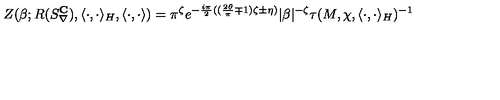
Z ( \beta ; R ( S _ { \nabla } ^ { { \bf C } } ) , \langle \cdot , \cdot \rangle _ { H } , \langle \cdot , \cdot \rangle ) = \pi ^ { \zeta } e ^ { - \frac { i \pi } { 2 } ( ( \frac { 2 \theta } { \pi } \mp 1 ) \zeta \pm \eta ) } | \beta | ^ { - \zeta } \tau ( M , \chi , \langle \cdot , \cdot \rangle _ { H } ) ^ { - 1 }